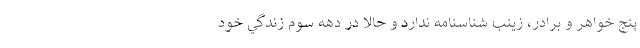
پنج خواهر و برادر، زينب شناسنامه ندارد و حالا در دهه سوم زندگي خود